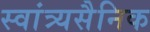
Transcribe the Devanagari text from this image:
स्वांत्र्यसैनिक